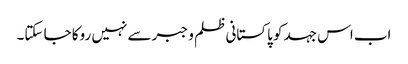
اب اس جہد کو پاکستانی ظلم و جبر سے نہیں روکا جا سکتا۔